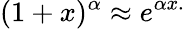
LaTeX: (1+x)^{\alpha}\approx e^{\alpha x.}